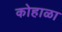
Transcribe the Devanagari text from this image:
कोहाळा